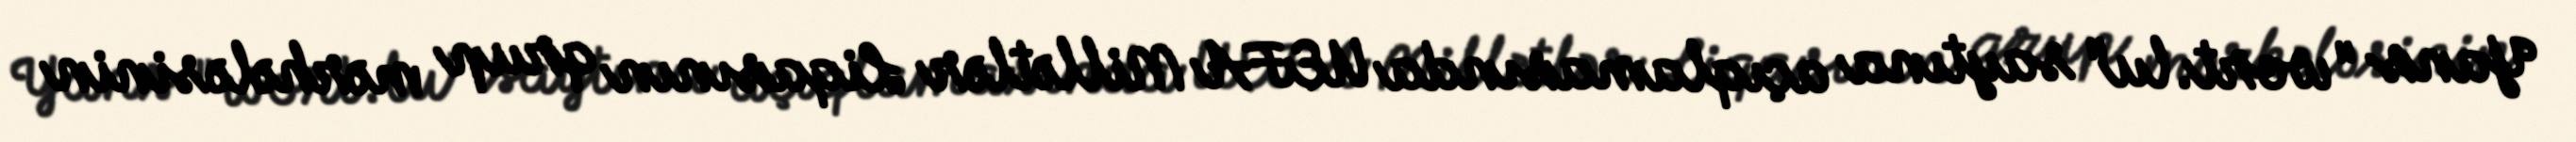
Yans "wort.lu" saytına açıqlamasında UEFA Millətlər Liqasının qrup mərhələsinin